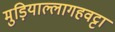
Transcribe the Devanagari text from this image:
मुड़ियाल्लागहवट्टा